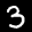
Label: 3